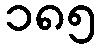
၁၈၅